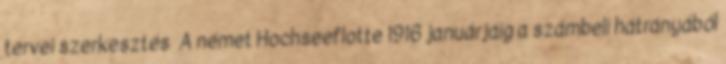
tervei szerkesztés A német Hochseeflotte 1916 januárjáig a számbeli hátrányából